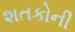
શતકોની